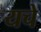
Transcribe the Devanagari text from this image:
यचे